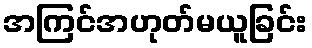
အကြင်အဟုတ်မယူခြင်း